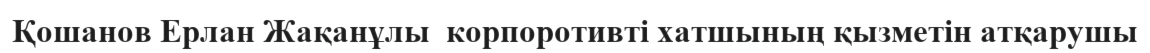
Қошанов Ерлан Жақанұлы  корпоротивті хатшының қызметін атқарушы